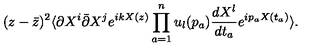
( z - \bar { z } ) ^ { 2 } \langle \partial X ^ { i } \bar { \partial } X ^ { j } e ^ { i k X ( z ) } \prod _ { a = 1 } ^ { n } u _ { l } ( p _ { a } ) \frac { d X ^ { l } } { d t _ { a } } e ^ { i p _ { a } X ( t _ { a } ) } \rangle .